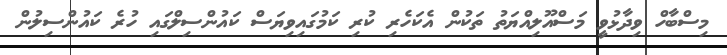
މިސްބާހް ވިދާޅުވީ މަސްއޫލިއްޔަތު ތަކުން އެކަހެރި ކުރި ކަމުގައިވިޔަސް ކައުންސިލްގައި ހުރެ ކައުންސިލުން